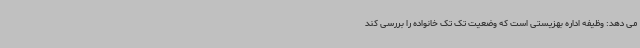
می دهد: وظیفه اداره بهزیستی است که وضعیت تک تک خانواده را بررسی کند